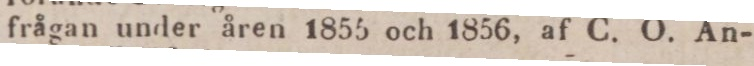
frågan under åren 1855 och 1856, af C. O. An-